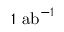
1 ~ \mathrm { { a b } } ^ { - 1 }